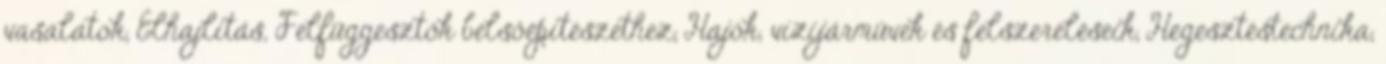
vasalatok, Élhajlítás, Felfüggesztők belsőépítészethez, Hajók, vízijárművek és felszereléseik, Hegesztéstechnika,